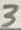
Text: 3